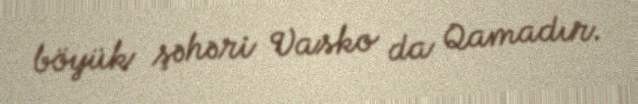
böyük şəhəri Vasko da Qamadır.